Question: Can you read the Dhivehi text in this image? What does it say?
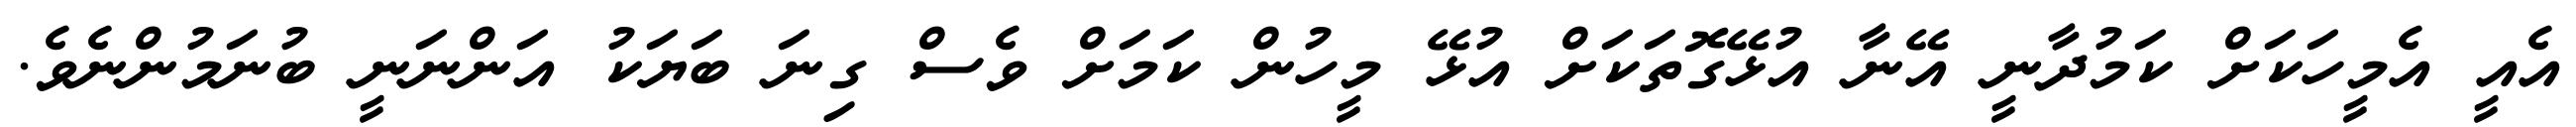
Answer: އެއީ އެމީހަކަށް ކަމުދާނީ އޭނާ އުޅޭގޮތަކަށް އުޅޭ މީހުން ކަމަށް ވެސް ގިނަ ބަޔަކު އަންނަނީ ބުނަމުންނެވެ.